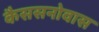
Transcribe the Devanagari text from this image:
कैससनोवास